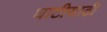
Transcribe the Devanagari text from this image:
घाटीसाठी